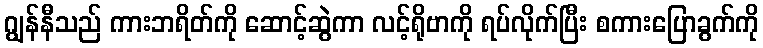
ဂျွန်နီသည် ကားဘရိတ်ကို ဆောင့်ဆွဲကာ လင့်ရိုဗာကို ရပ်လိုက်ပြီး စကားပြောခွက်ကို